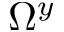
\Omega ^ { y }